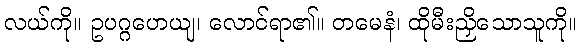
လယ်ကို။ ဥပဂ္ဂဟေယျ၊ လောင်ရာ၏။ တမေနံ၊ ထိုမီးညှိသောသူကို။